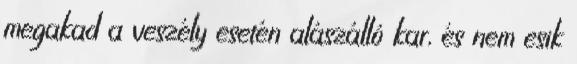
megakad a veszély esetén alászálló kar, és nem esik